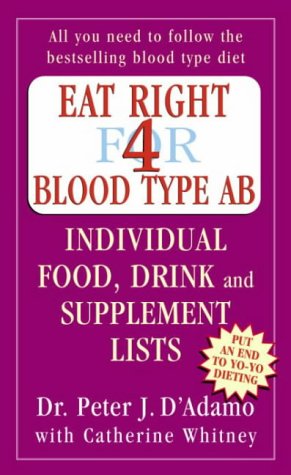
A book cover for Eat Right for Blood Type AB: Individual Food, Drink and Supplement Lists; Peter D'Adamo; Health, Fitness & Dieting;